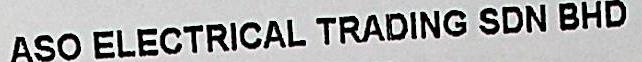
ASO ELECTRICAL TRADING SDN BHD